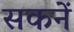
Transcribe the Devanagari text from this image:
सकनें